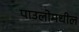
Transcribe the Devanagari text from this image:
पाउलोमधील